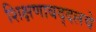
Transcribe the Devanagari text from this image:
शिक्षणाबद्दलचे